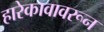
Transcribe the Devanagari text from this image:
हारेकावावरून